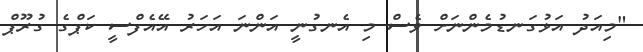
"މިއަދު އަޅުގަނޑުމެންނަށް ވެސް މި އެނގުނީ އަންނަ އަހަރު އޭއެފްސީ ކަޕްގެ ގުރޫޕް